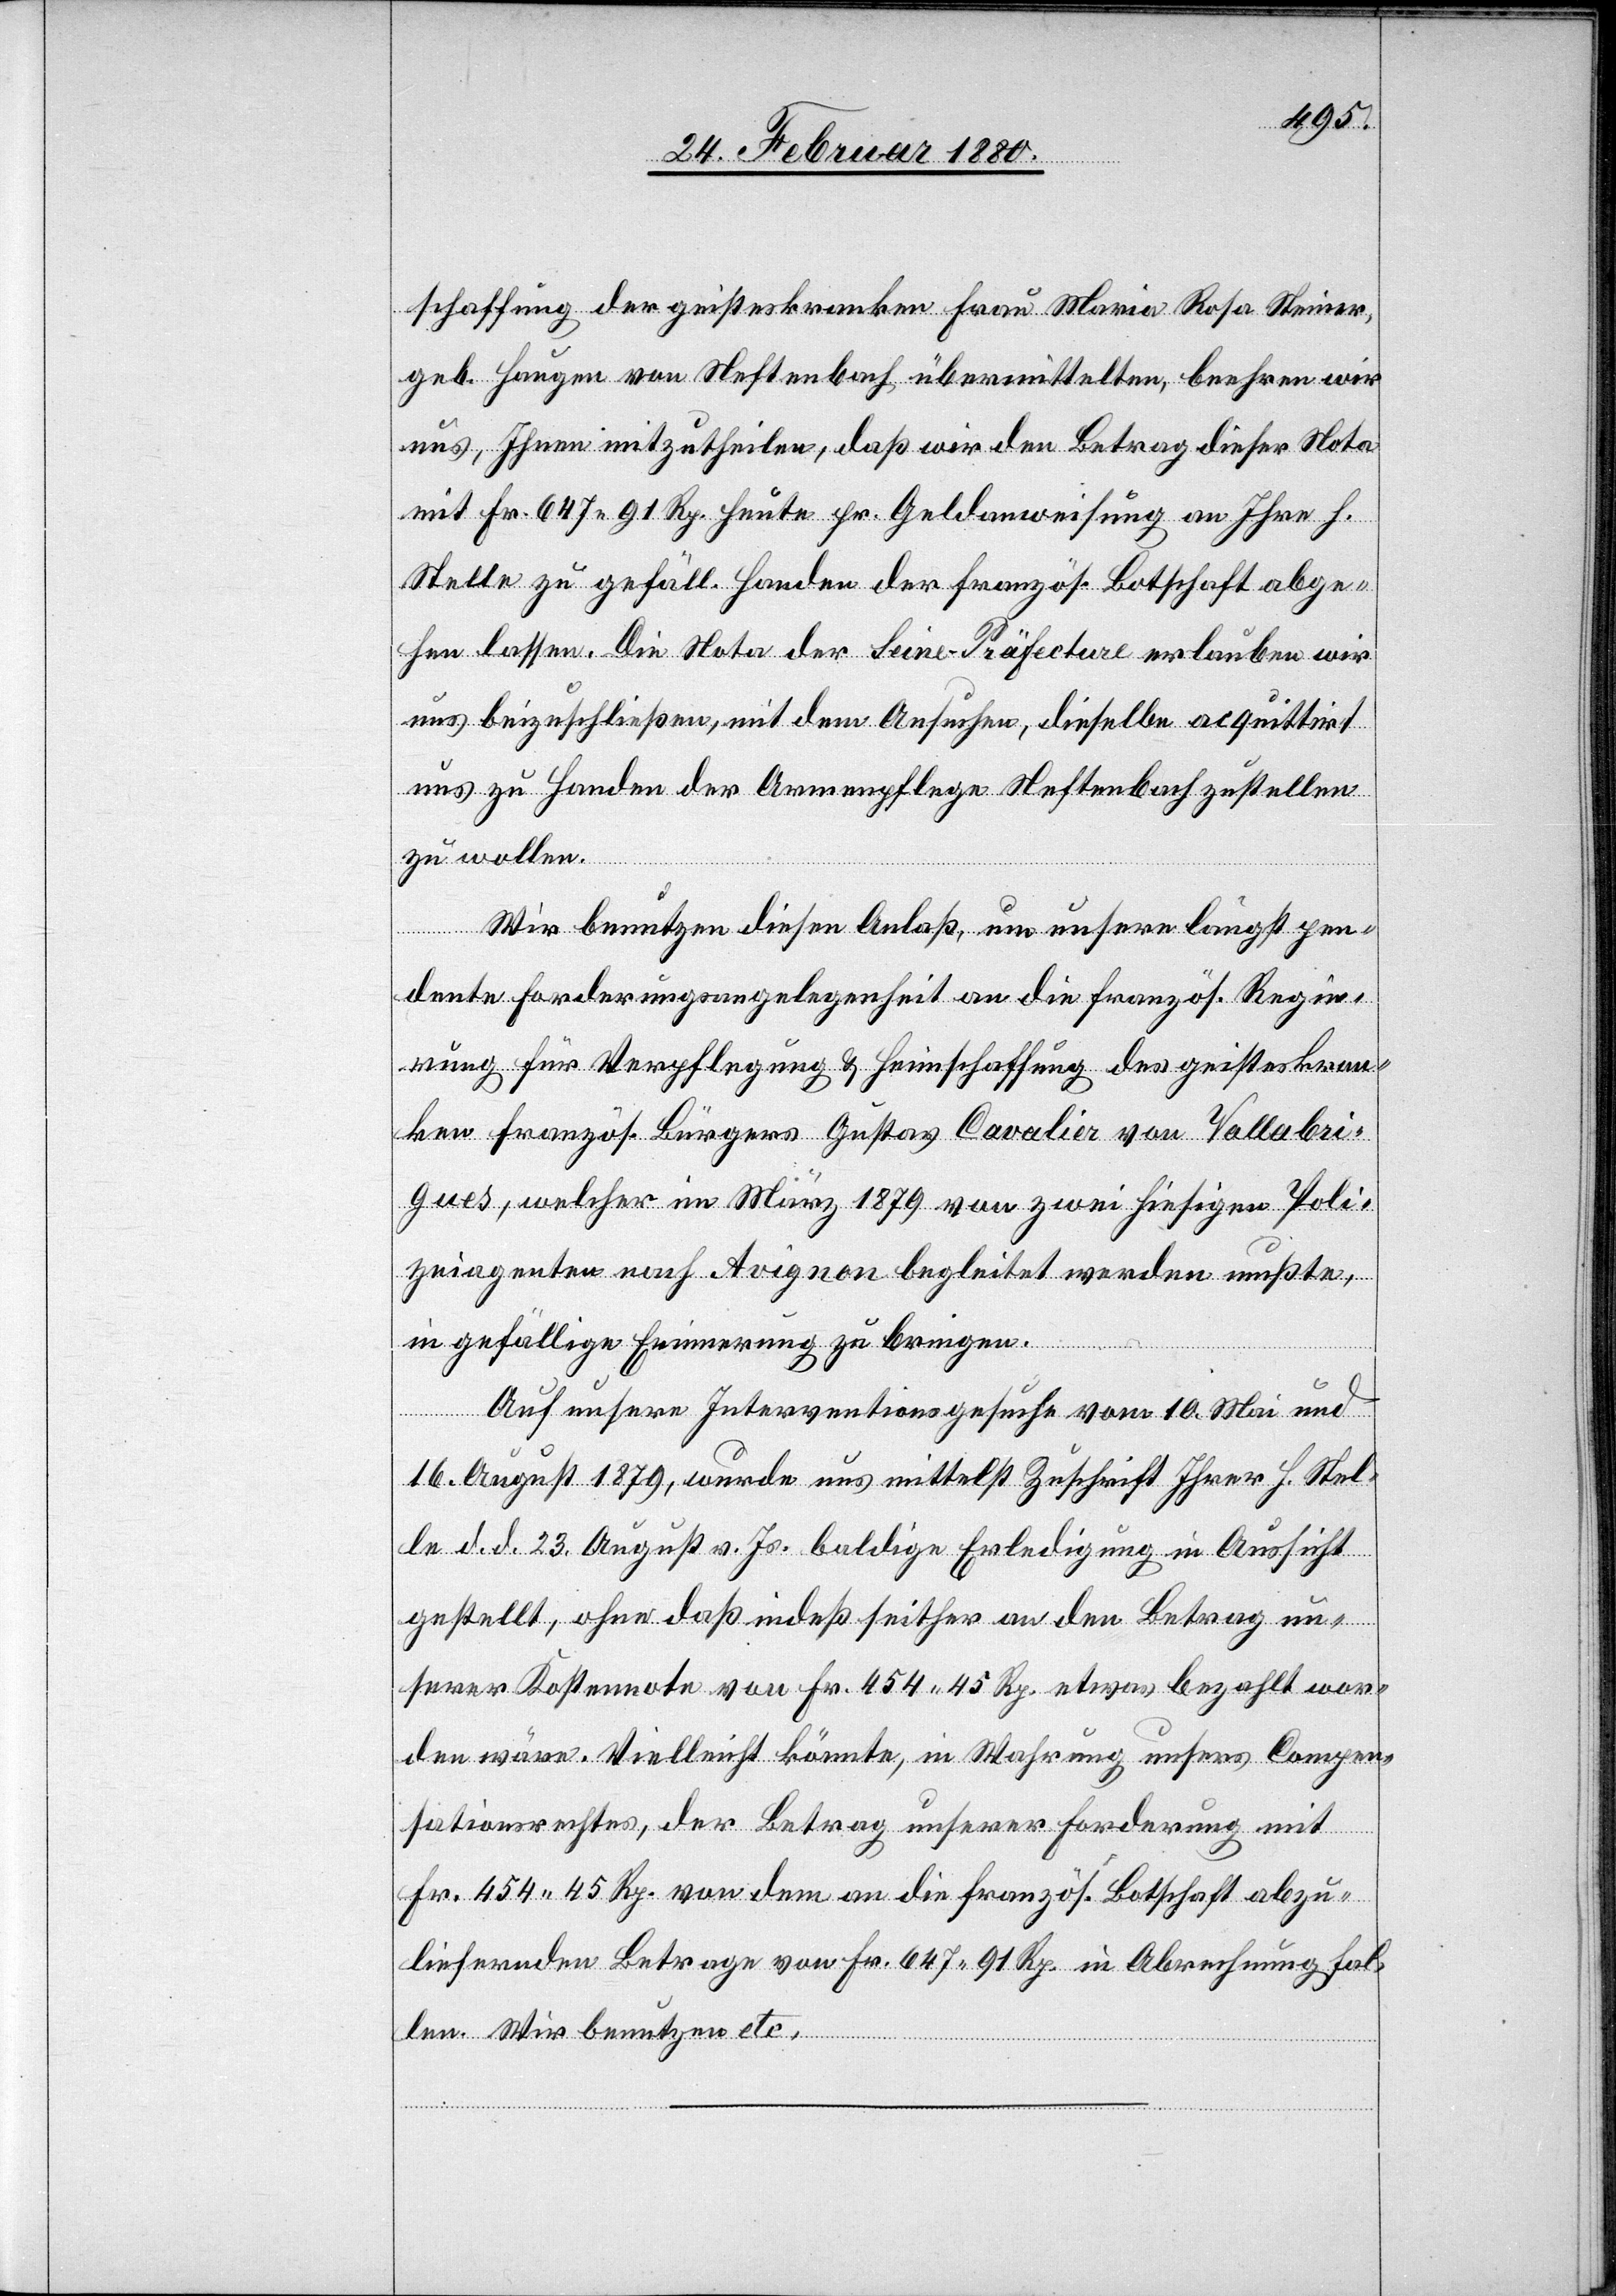
schaffung der geisteskranken Frau Maria Rosa Steiner,
geb. Haugen von Neftenbach, übermittelten, beehren wir
uns, Ihnen mitzutheilen, daß wir den Betrag dieser Nota
mit Fr. 647 91 Rp. heute pr. Geldanweisung an Ihre h.
Stelle zu gefäll. Handen der französ. Botschaft abge¬
hen lassen. Die Nota der Seine-Präfecture erlauben wir
uns beizuschließen, mit dem Ansuchen, dieselbe acquittirt
uns zu Handen der Armenpflege Neftenbach zustellen
zu wollen.
Wir benutzen diesen Anlaß, um unsere längst pen¬
dente Forderungsangelegenheit an die französ. Regie¬
rung für Verpflegung & Heimschaffung des geisteskran¬
ken französ. Bürgers Gustave Cavalier von Vallbri¬
gues, welche im März 1879 von zwei hiesigen Poli¬
zeiagenten nach Avignon begleitet werden mußte,
in gefällige Erinnerung zu bringen.
Auf unser Interventionsgesuche vom 10. Mai und
16. August 1879, wurde uns mittelst Zuschrift Ihrer h. Stel¬
le d. d. 23. August v. Js. baldige Erledigung in Aussicht
gestellt, ohne daß indeß seither an den Betrag un¬
serer Kostennote von Fr. 454 45 Rp. etwas bezahlt wor¬
den wäre. Vielleicht könnte, in Wahrung unsers Compen¬
sationsrechtes, der Betrag unserer Forderung mit
Fr. 454 45 Rp. von dem an die französ. Botschaft abzu¬
liefernden Betrage von Fr. 647 91 Rp. in Abrechnung fal¬
len. Wir benutzen etc.